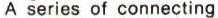
A series of connecting